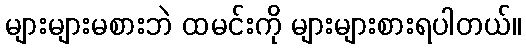
များများမစားဘဲ ထမင်းကို များများစားရပါတယ်။